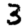
Digit: 3